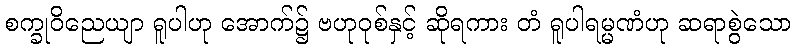
စက္ခုဝိညေယျာ ရူပါဟု အောက်၌ ဗဟုဝုစ်နှင့် ဆိုရကား တံ ရူပါရမ္မဏံဟု ဆရာစွဲသော